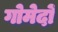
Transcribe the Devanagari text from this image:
गोमेदों